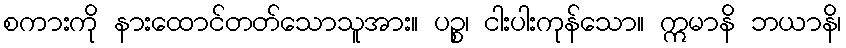
စကားကို နားထောင်တတ်သောသူအား။ ပဉ္စ၊ ငါးပါးကုန်သော။ ဣမာနိ ဘယာနိ၊